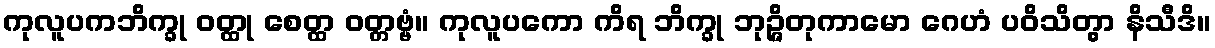
ကုလူပကဘိက္ခု ဝတ္ထု စေတ္ထ ဝတ္တဗ္ဗံ။ ကုလူပကော ကိရ ဘိက္ခု ဘုဉ္ဇိတုကာမော ဂေဟံ ပဝိသိတွာ နိသီဒိ။